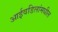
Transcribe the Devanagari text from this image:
आईवडिलांमधील